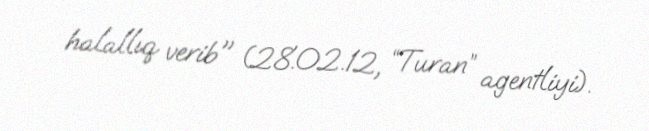
halallıq verib" (28.02.12, “Turan” agentliyi).